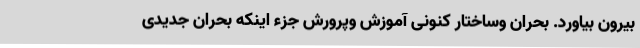
بیرون بیاورد. بحران وساختار کنونی آموزش وپرورش جزء اینکه بحران جدیدی